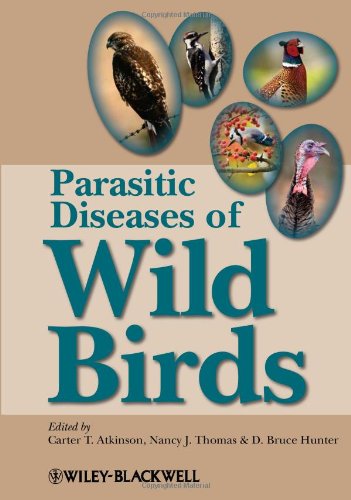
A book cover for Parasitic Diseases of Wild Birds; Medical Books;